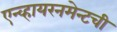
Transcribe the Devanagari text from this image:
एन्व्हायरनमेन्टची